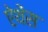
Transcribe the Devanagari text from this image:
ऐथेंस